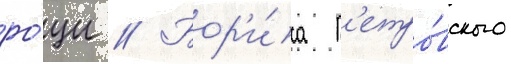
ро́щи // Бор'и́са п'етро́вского